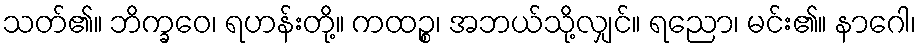
သတ်၏။ ဘိက္ခဝေ၊ ရဟန်းတို့။ ကထဉ္စ၊ အဘယ်သို့လျှင်။ ရညော၊ မင်း၏။ နာဂေါ၊